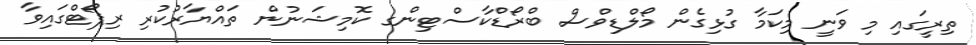
ތިރީގައި މި ވަނީ މިކަމާ ގުޅިގެން މޯލްޑިވްސް ބްރޯޑްކާސްޓިންގ ކޮމިޝަނުން ތައްޔާރުކުރި ރިޕޯޓްގައިވާ